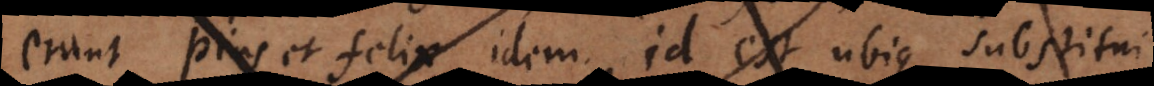
erunt pius et felix idem, id est ubique substitui